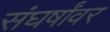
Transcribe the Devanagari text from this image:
संघर्षांवर